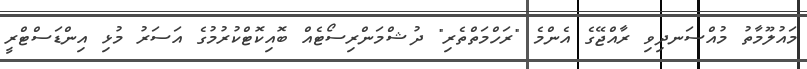
މައުލޫމާތު މުއްސަނދިވި ރާއްޖޭގެ އެންމެ "ރަހްމަތްތެރި" ދުޝްމަންރިސޯޓެއް ބޮއިކޮޓްކުރުމުގެ އަސަރު މުޅި އިންޑަސްޓްރީ